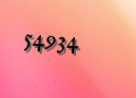
54934